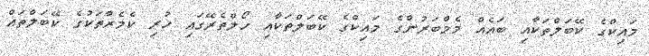
މައިކްގެ ކޭބަލްތަކާއި ބައެއް މެމްބަރުންގެ މައިކްގެ ކޭބަލްތަކާއި ހޯލްތެރޭގައި ހުރި ކެމެރާތަކުގެ ކޭބަލްތައް